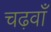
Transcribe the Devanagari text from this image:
चढ़वाँ